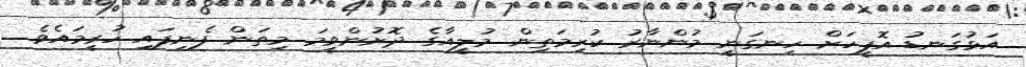
އަޅުގަނޑު އޮފީހަށް ހިނގަނީ މުންނާރު ކުރިމަތިން މުލީއާގެ ދޮށުންވީމަ މިތަން ފެނިފައި ހުރީމައެވެ.